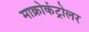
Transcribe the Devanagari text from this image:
माक्रोकंट्रोलर